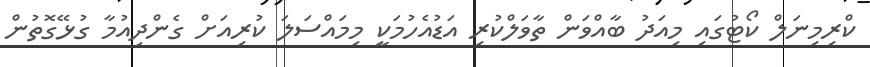
ކްރިމިނަލް ކޯޓުގައި މިއަދު ބާއްވަން ތާވަލްކުރި އަޑުއެހުމަކީ މިމައްސަލަ ކުރިއަށް ގެންދިއުމާ ގުޅޭގޮތުން